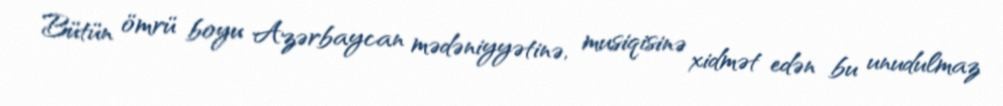
Bütün ömrü boyu Azərbaycan mədəniyyətinə, musiqisinə xidmət edən bu unudulmaz